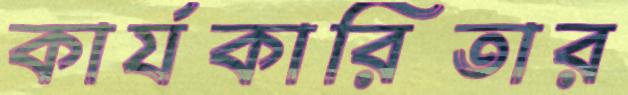
কার্যকারিতার